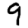
Digit: 9